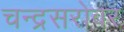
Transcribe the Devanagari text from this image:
चन्द्रसरोवर